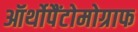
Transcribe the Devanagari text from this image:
ऑर्थोपैंटोमोग्राफ